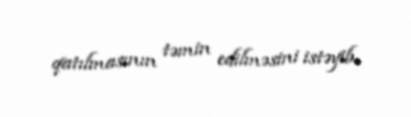
qatılmasının təmin edilməsini istəyib.